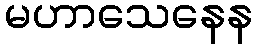
မဟာသေနေန